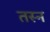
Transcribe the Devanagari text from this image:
तस्न